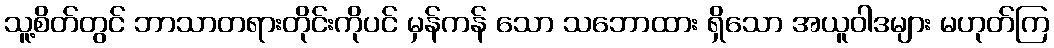
သူ့စိတ်တွင် ဘာသာတရားတိုင်းကိုပင် မှန်ကန် သော သဘောထား ရှိသော အယူဝါဒများ မဟုတ်ကြ